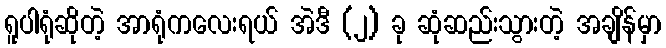
ရူပါရုံဆိုတဲ့ အာရုံကလေးရယ် အဲဒီ (၂) ခု ဆုံဆည်းသွားတဲ့ အချိန်မှာ